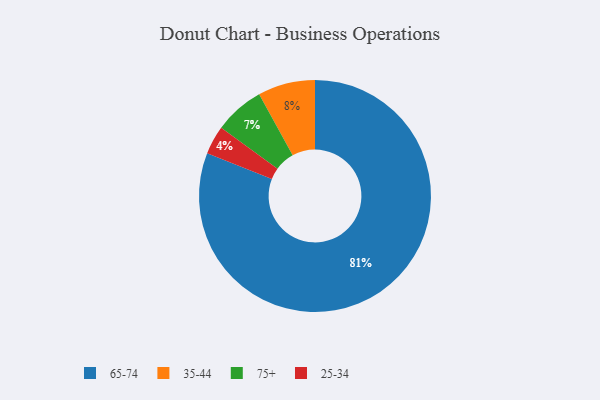
{"axis": {"x": "Category", "y": "Percentage"}, "legend": ["25-34", "35-44", "65-74", "75+"], "data": [{"x": "65-74", "y": 81, "type": "65-74"}, {"x": "35-44", "y": 8, "type": "35-44"}, {"x": "25-34", "y": 4, "type": "25-34"}, {"x": "75+", "y": 7, "type": "75+"}]}